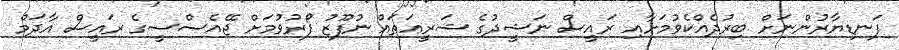
ފަނޑިޔާރުންނަށް ބިރުދެއްކެވުމަށާއި ރައީސް ނަޝީދުގެ ޝަރީޢަތައް ނުފޫޒު ފޯރުވުމަށް ޖޭއެސްސީގެ ރައީސް އާދަމް